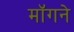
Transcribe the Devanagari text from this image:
मॉगने